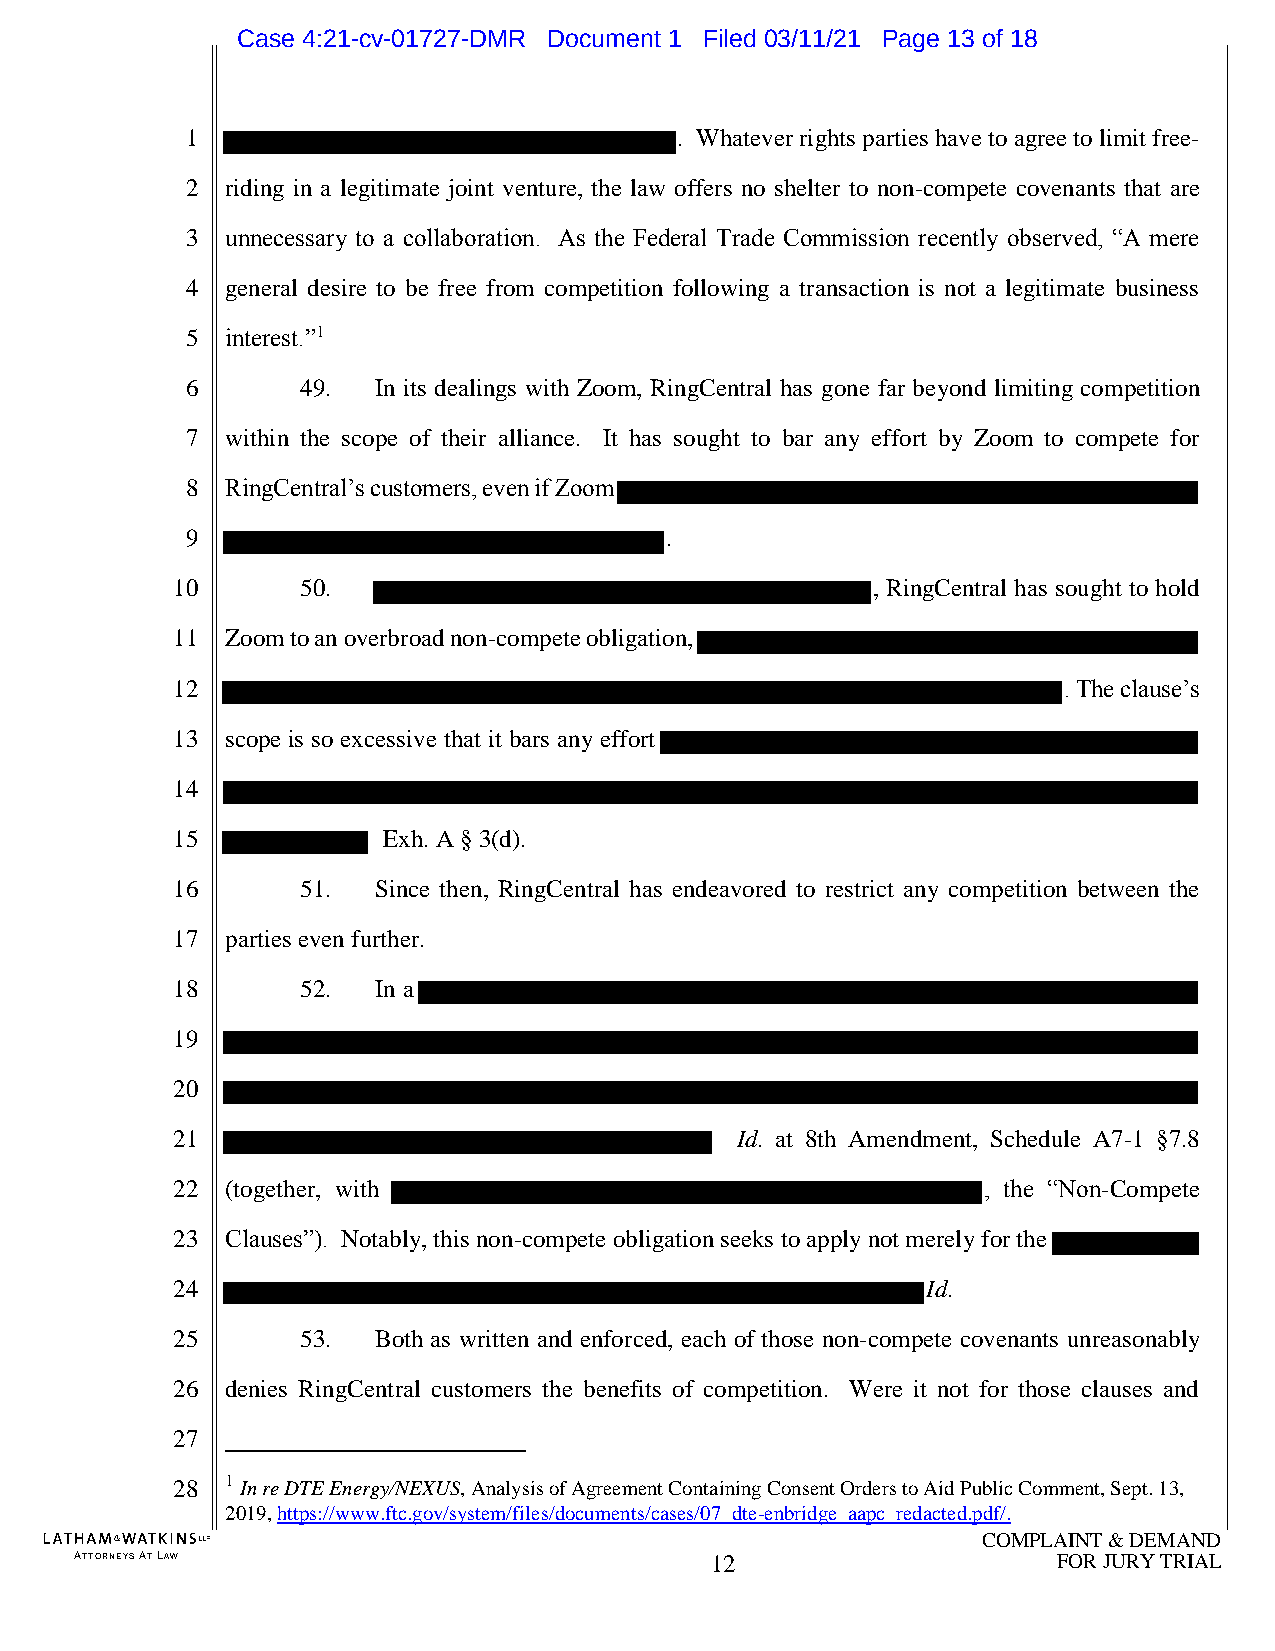
Case 4:21-cv-01727-DMR Document 1 Filed 03/11/21 Page 13 of 18
 1                                . Whatever rights parties have to agree to limit free-
 2  riding in a legitimate joint venture, the law offers no shelter to non-compete covenants that are
 3  unnecessary to a collaboration. As the Federal Trade Commission recently observed, “A mere
 4  general desire to be free from competition following a transaction is not a legitimate business
 5  interest.”1
 6       49.  In its dealings with Zoom, RingCentral has gone far beyond limiting competition
 7  within the scope of their alliance. It has sought to bar any effort by Zoom to compete for
 8  RingCentral’s customers, even if Zoom
 9                               .
 10       50.                                   , RingCentral has sought to hold
 11  Zoom to an overbroad non-compete obligation,
 12                                                         . The clause’s
 13  scope is so excessive that it bars any effort
 14
 15            Exh. A § 3(d).
 16       51.  Since then, RingCentral has endeavored to restrict any competition between the
 17  parties even further.
 18       52.  In a
 19
 20
 21                                    Id. at 8th Amendment, Schedule A7-1 §7.8
 22  (together, with                                   , the “Non-Compete
 23  Clauses”). Notably, this non-compete obligation seeks to apply not merely for the
 24                                                Id.
 25       53.  Both as written and enforced, each of those non-compete covenants unreasonably
 26  denies RingCentral customers the benefits of competition. Were it not for those clauses and
 27
 28  1 In re DTE Energy/NEXUS, Analysis of Agreement Containing Consent Orders to Aid Public Comment, Sept. 13,
 2019, https://www.ftc.gov/system/files/documents/cases/07 dte-enbridge aapc redacted.pdf/.
 COMPLAINT & DEMAND
 ATTORNEYS AT LAW                          12                     FOR JURY TRIAL